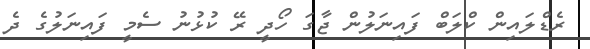
ރެޑްލައިން ކްލަބް ފައިނަލުން ޖާގަ ހޯދީ ރޭ ކުޅުނު ސެމީ ފައިނަލުގެ ދެ